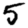
Digit: 5